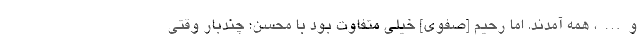
و…، همه آمدند. اما رحیم [صفوی] خیلی متفاوت بود با محسن؛ چندبار وقتی